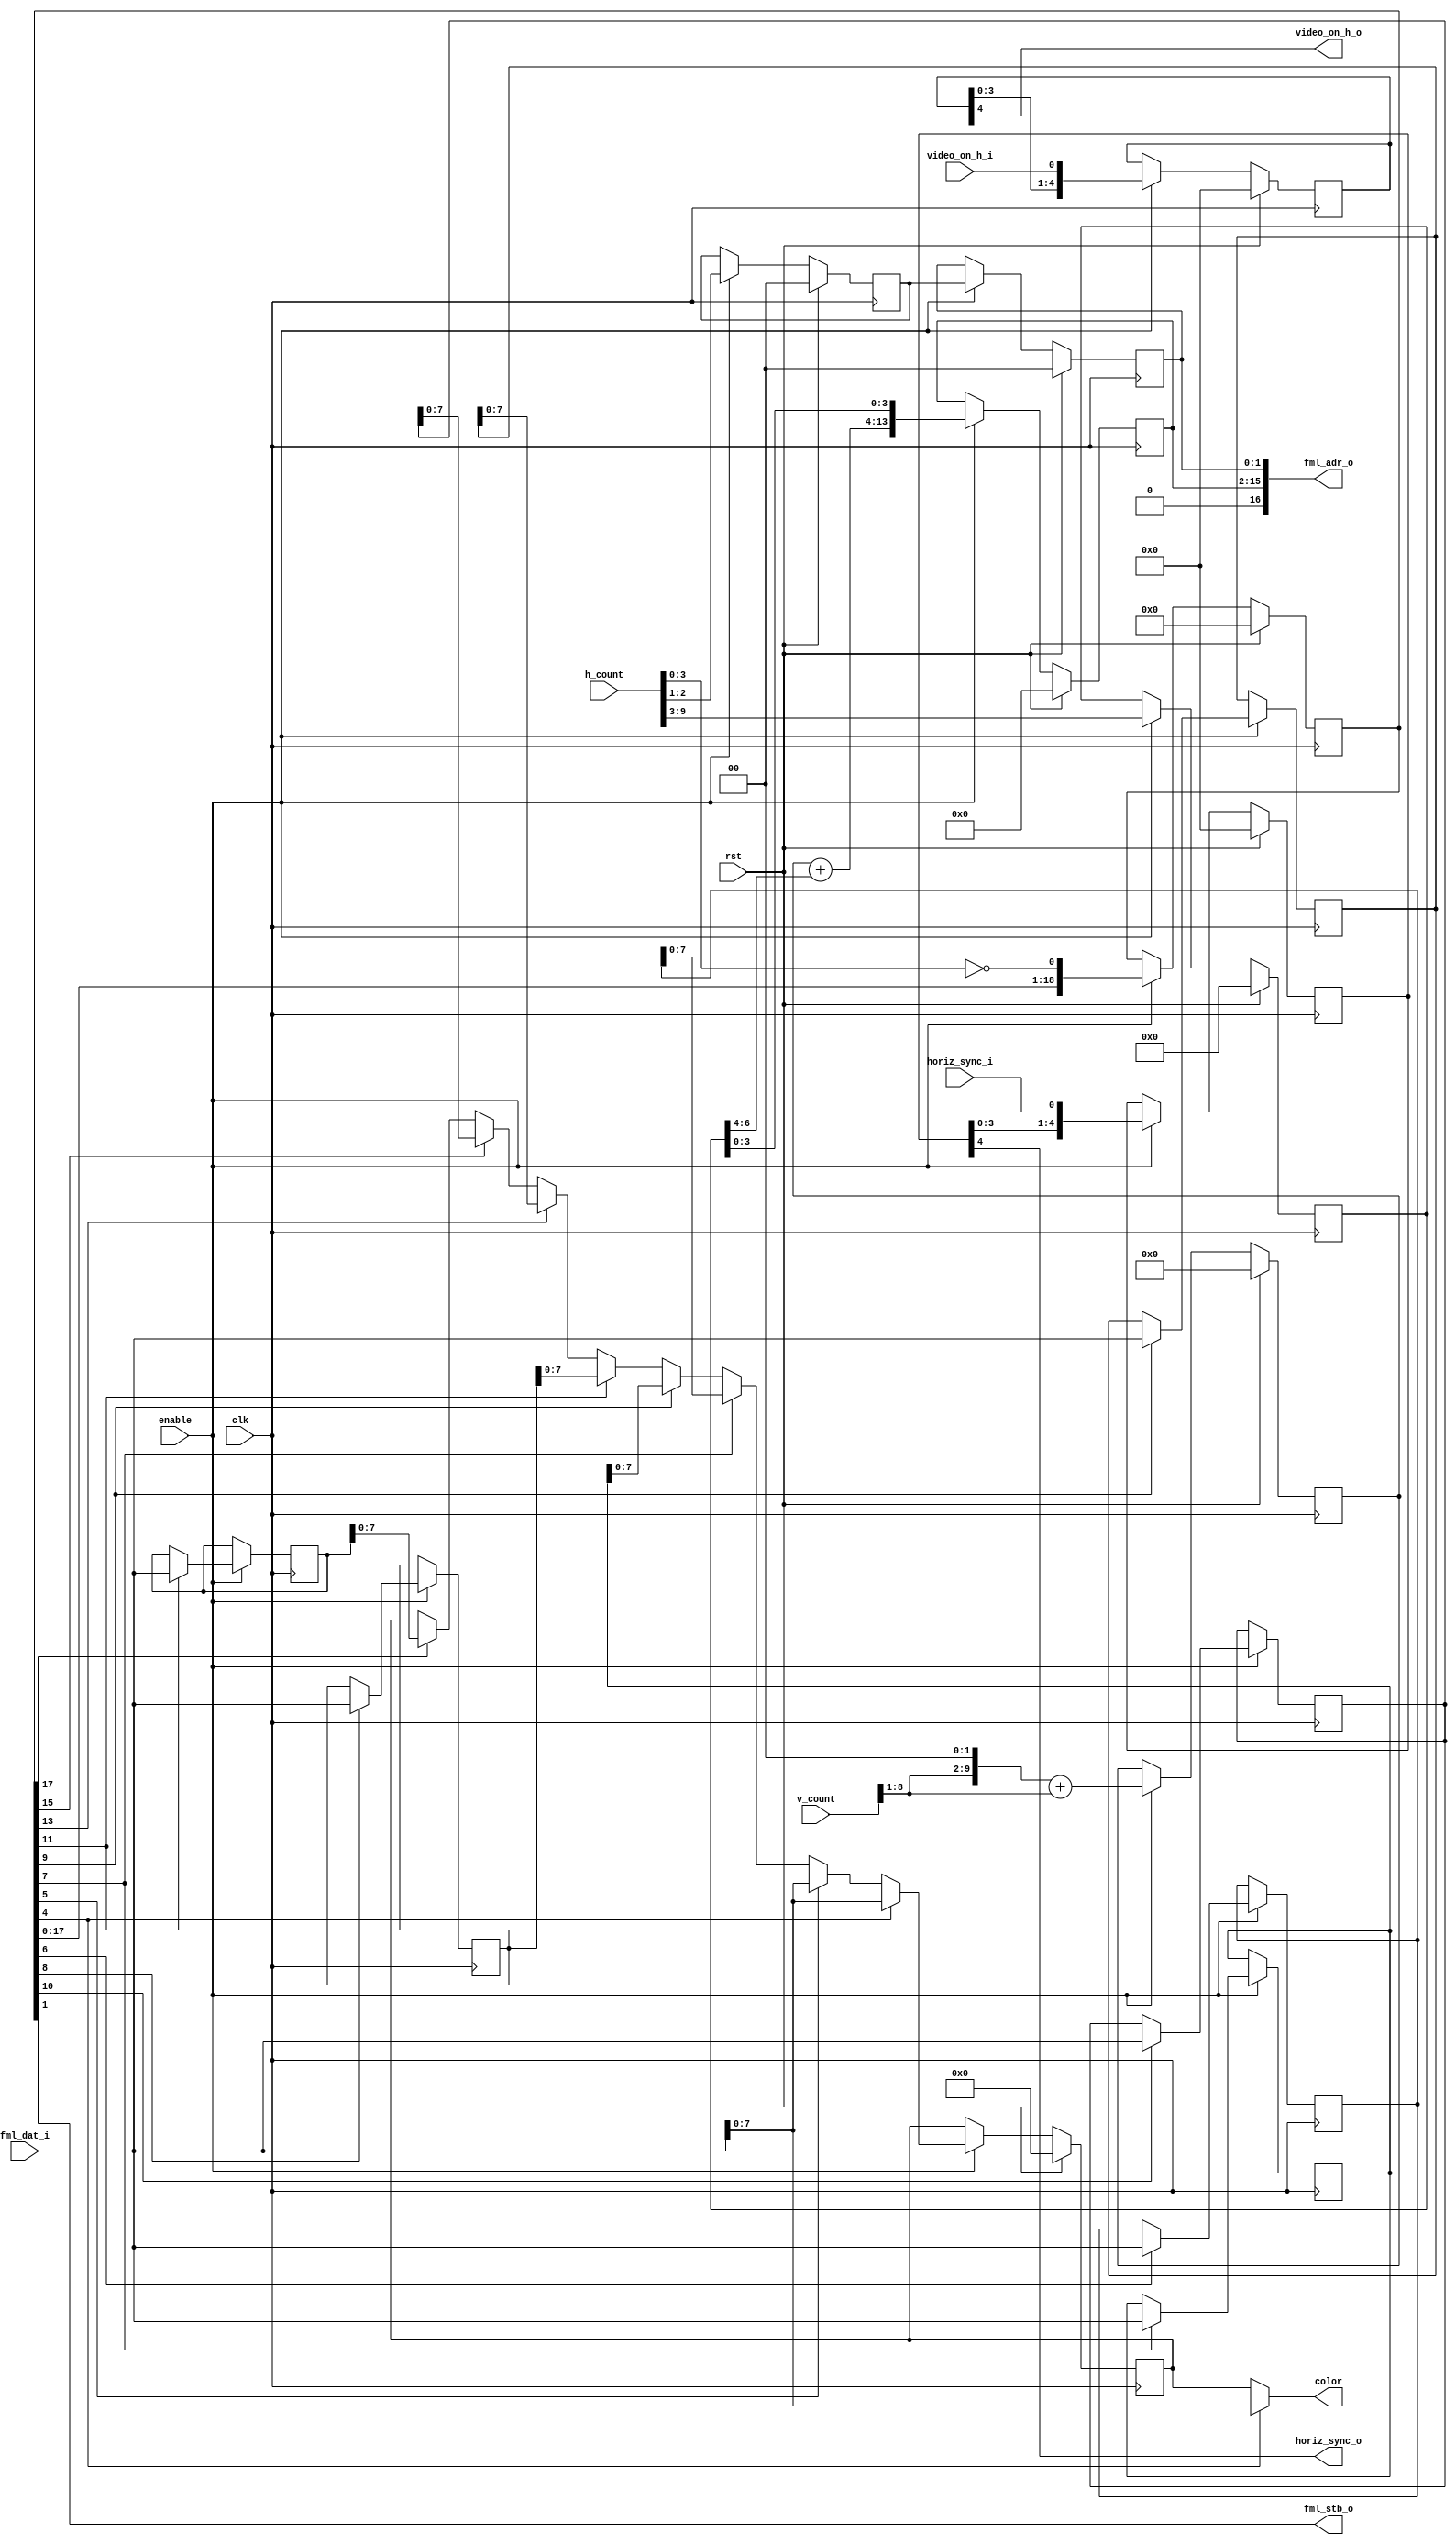
module vga_linear_fml (
    input clk,
    input rst,
    
    input enable,

    // CSR slave interface for reading
    output [17:1] fml_adr_o,
    input  [15:0] fml_dat_i,
    output        fml_stb_o,

    input [9:0] h_count,
    input [9:0] v_count,
    input       horiz_sync_i,
    input       video_on_h_i,
    output      video_on_h_o,

    output [7:0] color,
    output       horiz_sync_o
  );

  // Registers
  reg [ 9:0] row_addr;
  reg [ 6:0] col_addr;
  reg [14:1] word_offset;
  reg [ 1:0] plane_addr;
  reg [ 1:0] plane_addr0;
  reg [ 7:0] color_l;
  
  reg  [ 15:0] fml1_dat;
  reg  [ 15:0] fml2_dat;
  reg  [ 15:0] fml3_dat;
  reg  [ 15:0] fml4_dat;
  reg  [ 15:0] fml5_dat;
  reg  [ 15:0] fml6_dat;
  reg  [ 15:0] fml7_dat;
  
  reg [4:0] video_on_h;
  reg [4:0] horiz_sync;
  reg [18:0] pipe;  

  // Continous assignments  
  assign fml_adr_o = { 1'b0, word_offset, plane_addr };
  assign fml_stb_o = pipe[1];
  
  assign color = pipe[4] ? fml_dat_i[7:0] : color_l;    
  
  assign video_on_h_o = video_on_h[4];
  assign horiz_sync_o = horiz_sync[4];

  // Behaviour
  // FML 8x16 pipeline count
  always @(posedge clk)
    if (rst)
      begin
        pipe <= 18'b0;    
      end
    else
      if (enable)
        begin
          pipe <= { pipe[17:0], (h_count[3:0]==4'h0) };
        end

  // Load FML 8x16 burst
  always @(posedge clk)
    if (enable)
      begin
        fml1_dat <= pipe[5]  ? fml_dat_i[15:0] : fml1_dat;
        fml2_dat <= pipe[6]  ? fml_dat_i[15:0] : fml2_dat;
        fml3_dat <= pipe[7]  ? fml_dat_i[15:0] : fml3_dat;
        fml4_dat <= pipe[8]  ? fml_dat_i[15:0] : fml4_dat;
        fml5_dat <= pipe[9]  ? fml_dat_i[15:0] : fml5_dat;
        fml6_dat <= pipe[10] ? fml_dat_i[15:0] : fml6_dat;
        fml7_dat <= pipe[11] ? fml_dat_i[15:0] : fml7_dat;
      end

  // video_on_h
  always @(posedge clk)
    if (rst)
      begin
        video_on_h <= 5'b0;
      end
    else
      if (enable)
        begin
          video_on_h <= { video_on_h[3:0], video_on_h_i };
        end

  // horiz_sync
  always @(posedge clk)
    if (rst)
      begin
        horiz_sync <= 5'b0;
      end
    else
      if (enable)
        begin
          horiz_sync <= { horiz_sync[3:0], horiz_sync_i };
        end

  // Address generation
  always @(posedge clk)
    if (rst)
      begin
        row_addr    <= 10'h0;
        col_addr    <= 7'h0;
        plane_addr0 <= 2'b00;
        word_offset <= 14'h0;
        plane_addr  <= 2'b00;
      end
    else
      if (enable)
        begin
          // Loading new row_addr and col_addr when h_count[3:0]==4'h0
          // v_count * 5 * 32
          row_addr    <= { v_count[8:1], 2'b00 } + v_count[8:1];
          col_addr    <= h_count[9:3];
          plane_addr0 <= h_count[2:1];

          word_offset <= { row_addr + col_addr[6:4], col_addr[3:0] };
          plane_addr  <= plane_addr0;
        end
 
 // color_l
  always @(posedge clk)
    if (rst)
      begin
        color_l <= 8'h0;
      end
    else
      if (enable)
        begin
          if (pipe[4])
            color_l <= fml_dat_i[7:0];
          else
          if (pipe[5])
            color_l <= fml_dat_i[7:0];
          else
          if (pipe[7])
            color_l <= fml2_dat[7:0];
          else
          if (pipe[9])
            color_l <= fml3_dat[7:0];
          else
          if (pipe[11])
            color_l <= fml4_dat[7:0];
          else
          if (pipe[13])
            color_l <= fml5_dat[7:0];
          else
          if (pipe[15])
            color_l <= fml6_dat[7:0];
          else
          if (pipe[17])
            color_l <= fml7_dat[7:0];
        end

endmodule